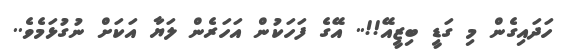
ހަދައިގެން މި ގަޑީ ބިޒީއޭ!!.. އޭގެ ފަހަކުން އަހަރެން ލަޔާ އަކަށް ނުގުޅަމެވެ..